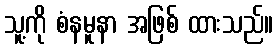
သူ့ကို စံနမူနာ အဖြစ် ထားသည်။